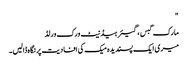
"
مارک گبس ، گیئر ہیڈنیٹ ورک ورلڈ
میری ایک پسندیدہ میک کی افادیت پر نگاہ ڈالیں۔